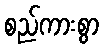
စည်ကားစွာ